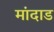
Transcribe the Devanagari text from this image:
मांदाड